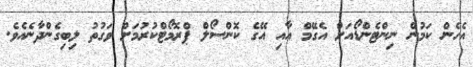
އެހެން ކަމުން ނިންޓެންޑޯއަށް އެގޭމް އާއި އޭގެ ކޮންސޯލް ޕްރޮމޯޓްކުރުމަށް ވަގުތު ލިބިގެންދާނެއެވެ.